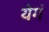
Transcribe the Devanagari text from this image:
येगं